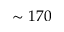
\sim 1 7 0